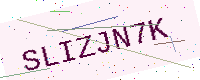
Text: SLIZJN7K